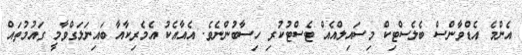
އެންމެ އެޑްވާންސް ބެލެސްޓިކް މިސައިލްއެއް ޓެސްޓުކުރި ހިސާބުންނެވެ. އެއާއެކު އެމެރިކާއާ ބައިނަލަގްވާމީ ގައުމުތައް